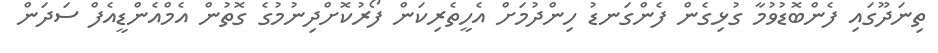
ތިނަދޫގައި ފެންބޮޑުވުމާ ގުޅިގެން ފެންގަނޑު ހިންދުމަށް އެހީތެރިކަން ފޯރުކޮށްދިނުމުގެ ގޮތުން އެމްއެންޑީއެފް ސަދަން